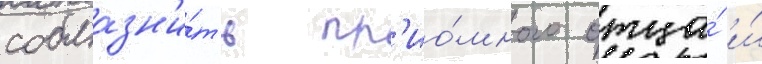
соблазн'и́ть пр'ио́много отца́ и́